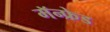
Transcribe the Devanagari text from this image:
मॅन्फ्रेड